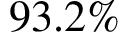
9 3 . 2 \%